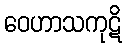
ဝေဟာသကုဋိ